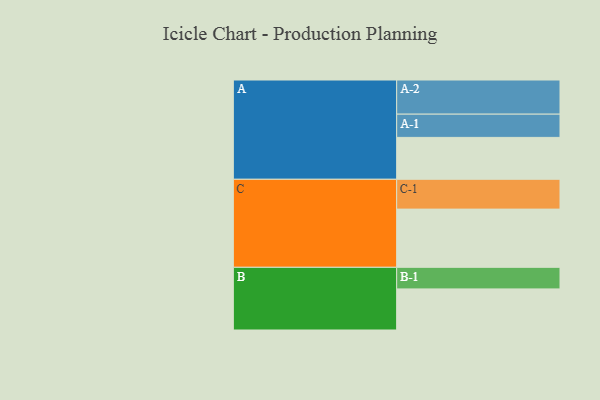
{"axis": {"x": "Segment", "y": "Value"}, "legend": ["", "A", "B", "C"], "data": [{"x": "A", "y": 357, "type": ""}, {"x": "B", "y": 350, "type": ""}, {"x": "C", "y": 496, "type": ""}, {"x": "A-1", "y": 198, "type": "A"}, {"x": "A-2", "y": 291, "type": "A"}, {"x": "B-1", "y": 184, "type": "B"}, {"x": "C-1", "y": 254, "type": "C"}]}